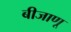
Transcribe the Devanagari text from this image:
बीजाणू